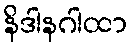
နိဒါနဂါထာ